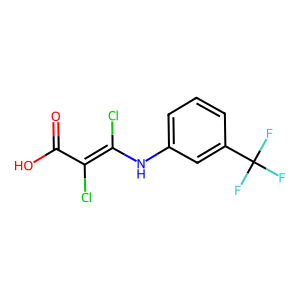
SMILES: O=C(O)C(Cl)=C(Cl)Nc1cccc(C(F)(F)F)c1
Inhibits HIV replication: No